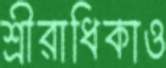
শ্রীরাধিকাও